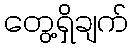
တွေ့ရှိချက်